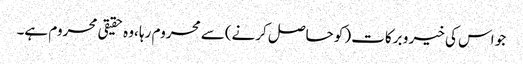
جو اس کی خیر و برکات (کو حاصل کرنے)سے محروم رہا ،وہ حقیقی محروم ہے۔